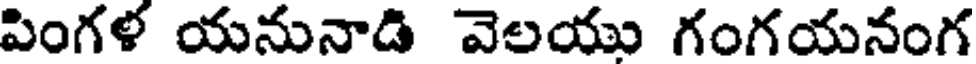
పింగళ యనునాడి వెలయు గంగయనంగ